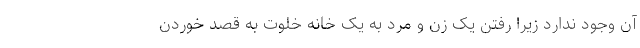
آن وجود ندارد زیرا رفتن یک زن و مرد به یک خانه خلوت به‌ قصد خوردن